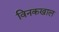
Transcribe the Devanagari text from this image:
विनकखाल